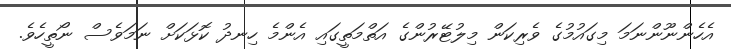
އެހެންނޫންނަމަ މިގައުމުގެ ވެރިކަން މިލުޓޭރުންގެ އަތްމަތީގައި އެންމެ ހިނދު ކޮޅަކަށް ނަމަވެސް ނޯތީހެވެ.